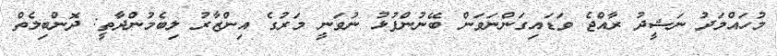
މުހައްމަދު ނަޝީދު ރާއްޖެ ވަޑައިގަންނަވަން ބޭނުންފުޅު ނުވަނީ މަރުގެ އިންޒާރު ލިބެމުންދާތީ: ދޮންބިލެތް